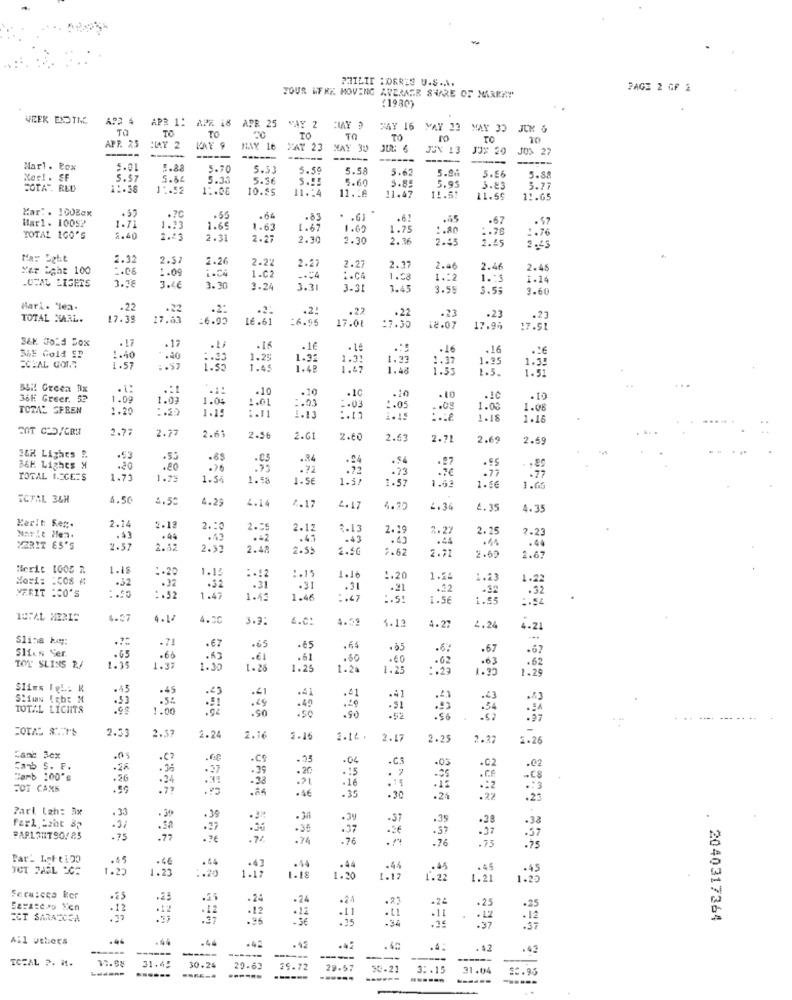
PHILIP MORRIS U.S ...
PAGE 2 OF 2
TOUR WERK. MOVING AVERASR SURE OF MARKET
(1980)
APR 1: APR 18
R 25
TO
TO
MAY 16 MAY 23 MAY JO JUK &
TO
TO
TO
TO
TO
20
APP. 25
----
HAY 2
KAY 9
HAY 16
YAY 23
MAY 30
JEX 13
JJ$ 29
JO> 27
-----
-----
------
---
Mar1. Pox
5.01
5.88
5.70
5.33
5.50
5.58
5.62
5.26
5.56
Karl . SE
5.57
5.50
5.33
5.5€
5.60
5.85
5.88
COTA" RED
1 :- 38
11.52
1 :. 00
10.35
11.24
11.18
5.95
3.83
5.77
11.47
11.5:
11.59
11.65
Kar :. 100Box
.55
Mar1. 100SP
.55
.64
.83
.61
.62
.45
.67
. $7
1.71
1.23
1.65
1.63
1.67
1.62
1.75
:. 80
2.76
TOTAL 1GO'S
2.40
2.31
2.27
2.30
1.30
2.36
2.45
.. 78
Mar Dghit
2.32
2.52
.26
2.22
2.27
Kar Ight 100
:. 06
1.09
1.C4
1-C2
2.27
2.37
2.46
2.46
2.45
LUFAL LIGETS
-.= 4
1.CA
1.58
1 .: 2
1 .: 3
1.14
3.78
3.4€
3.30
3.24
3.31
3.31
3.45
3.55
3.55
3.60
Hari. "lea.
.22
.22
.2.
.22
-23
TOTAL MARL.
17.39
17.63
=6.90
LE .61
16.95
17.08
13.30
.22
18.07
.23
.23
17.96
17.51
S&K Gold Box
.17
SHE Gold SP
.17
.16
.. 5
.16
1.40
.40
.. 33
1.25
1.92
1.3
1.33
1.37
1.95
ECIAL GOT.7
1.57
1.50
1.45
1.42
1.48
1.53
1.5.
1.35
1.51
B&H! Green Dx
.1:
.10
.10
36F. Greer. 52
1.09
1.03
1.04
.. 01
1.03
.10
.10
.20
. 10
TOTAL SPEEN
1.20
:. 20
1.15
1.03
2.05
.. 03
1.03
1.08
1.13
1.15
.18
1.16
SOT CHO/CRM
2.77
2.72
2.63
2.56
2.61
2.60
2.53
2.72
2.69
2.59
IGH Lights P.
.53
.84
.$4
.27
.ES
ICH Lights X
.80
.20
.76
.72
.72
.7€
.77
TOTAL GECE=S
1.73
1.7%
1.54
1.58
1.5€
1.3
. 73
1.63
1.56
1.65
ICTAL 36H
4.50
3.5"
4.29
4.14
2.17
2.17
4.20
2.3
4.35
4.35
Merit Res.
2.24
5-12
2.10
2.55
2.12
2.13
2.1
2.2
2.25
2.23
.43
.49
.42
.45
.43
. 43
.44
+64
.44
XER17 85'S
2.57
2.52
2.3
2.48
2.5!
2.50
7.62
2.72
2.6
2.67
Merit 1005 R
1.18
. . 20
1.15
.32
:*: 2
:. 15
1.16
1.20
1.2
1.23
1.22
.32
.32
.31
-31
.31
.21
.32
-32
.52
MARIT :CO'S
1.47
1.43
1.46
. . 47
1.5€
1.55
4.57
4.1/
4.50
3.3:
4.0:
4.39
4.13
4.27
4.2
4.21
Slins ==:
Slies Ser.
.65
.€7
.65
.64
.6%
.67
.67
.68
.€ 1
.61
.60
. 62
.63
. 62
TOY SLINS B./
1.35
1.37
1.35
1- 26
1.25
1.24
1.25
:. 23
1.95
1.29
Slims Igi: K
.45
.45
.41
.41
.41
.53
.43
.49
.49
.41
.41
.< 3
TOTAL LICHTS
1.00
.50
.91
.90
2.53
2.37
2.24
2.1
2 .1
2.14 .
2.17
2.25
2.27
2.26
Cane 3cx
.68
.04
.C.S
:ab s. F.
.28
. 35
. 37
.39
. 15
.03
.C2
"amb 100's
.26
.24
.38
FOT CAXE
. 46
.16
-35
-30
.24
. 22
Parl Lah: 3x
. 33
Fark Laht &p
.39
.38
.39
.37
.39
.38
.3/
.50
.27
.30
.37
PARLANT90/25
. 75
- ? €
.74
.76
-76
.75
.75
Part Lott120
44
.44
TOT PASL SC=
1.20
1.23
1.20
1.17
.43
.44
.46
.45
1- 18
1.20
1.12
1.22
1.20
Sera:cca Ecr
.21
.24
.24
.24
.12
.12
.12
.12
.12
.11
.25
ECT SARAZCEA
.95
-3€
15
-34
.7€
2040317364
Ail uthiers
.46
.44
.44
-42
-----
-----
.42
.42
.42
TOTAL P. 11.
------
---
------
31.45
30.24
20.63
29.72
29.57
30.21
3 :. 15
21.04
$0.93
------
-